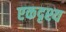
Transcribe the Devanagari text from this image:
एकदृश्य